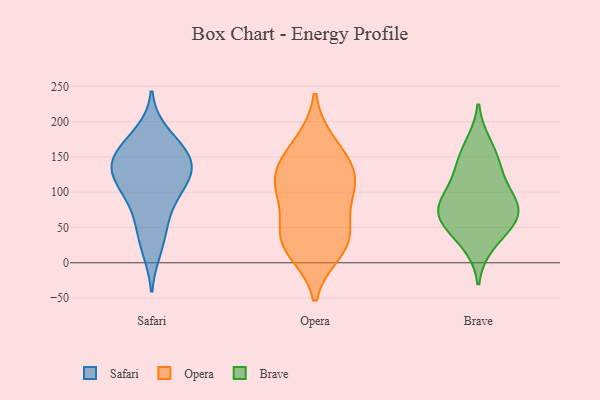
{"axis": {"x": "Population (Million)", "y": "Value"}, "legend": ["Brave", "Opera", "Safari"], "data": [{"x": "", "y": 148, "type": "Safari"}, {"x": "", "y": 69, "type": "Safari"}, {"x": "", "y": 146, "type": "Safari"}, {"x": "", "y": 95, "type": "Safari"}, {"x": "", "y": 128, "type": "Safari"}, {"x": "", "y": 17, "type": "Safari"}, {"x": "", "y": 165, "type": "Safari"}, {"x": "", "y": 185, "type": "Safari"}, {"x": "", "y": 130, "type": "Safari"}, {"x": "", "y": 47, "type": "Safari"}, {"x": "", "y": 110, "type": "Safari"}, {"x": "", "y": 115, "type": "Safari"}, {"x": "", "y": 155, "type": "Safari"}, {"x": "", "y": 18, "type": "Opera"}, {"x": "", "y": 34, "type": "Opera"}, {"x": "", "y": 119, "type": "Opera"}, {"x": "", "y": 168, "type": "Opera"}, {"x": "", "y": 96, "type": "Opera"}, {"x": "", "y": 43, "type": "Opera"}, {"x": "", "y": 32, "type": "Opera"}, {"x": "", "y": 149, "type": "Opera"}, {"x": "", "y": 122, "type": "Opera"}, {"x": "", "y": 107, "type": "Opera"}, {"x": "", "y": 130, "type": "Brave"}, {"x": "", "y": 61, "type": "Brave"}, {"x": "", "y": 145, "type": "Brave"}, {"x": "", "y": 168, "type": "Brave"}, {"x": "", "y": 108, "type": "Brave"}, {"x": "", "y": 79, "type": "Brave"}, {"x": "", "y": 80, "type": "Brave"}, {"x": "", "y": 65, "type": "Brave"}, {"x": "", "y": 84, "type": "Brave"}, {"x": "", "y": 49, "type": "Brave"}, {"x": "", "y": 26, "type": "Brave"}]}